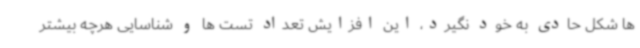
ها شکل حادی به خود نگیرد، این افزایش تعداد تست ها و شناسایی هرچه بیشتر